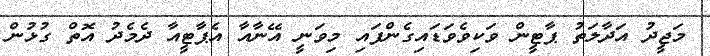
މަޖީދު އަދާލަތު ޕާޓީން ވަކިވެވަޑައިގެންފައި މިވަނީ އޭނާއާ އެޕާޓީއާ ދެމެދު އޮތް ގުޅުން